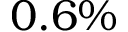
0 . 6 \%